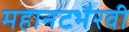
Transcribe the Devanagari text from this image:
महानटभैरवी